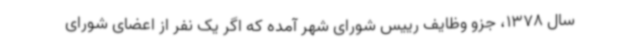
سال 1378، جزو وظایف رییس شورای شهر آمده که اگر یک نفر از اعضای شورای